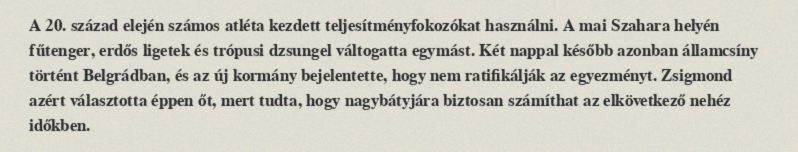
A 20. század elején számos atléta kezdett teljesítményfokozókat használni. A mai Szahara helyén fűtenger, erdős ligetek és trópusi dzsungel váltogatta egymást. Két nappal később azonban államcsíny történt Belgrádban, és az új kormány bejelentette, hogy nem ratifikálják az egyezményt. Zsigmond azért választotta éppen őt, mert tudta, hogy nagybátyjára biztosan számíthat az elkövetkező nehéz időkben.